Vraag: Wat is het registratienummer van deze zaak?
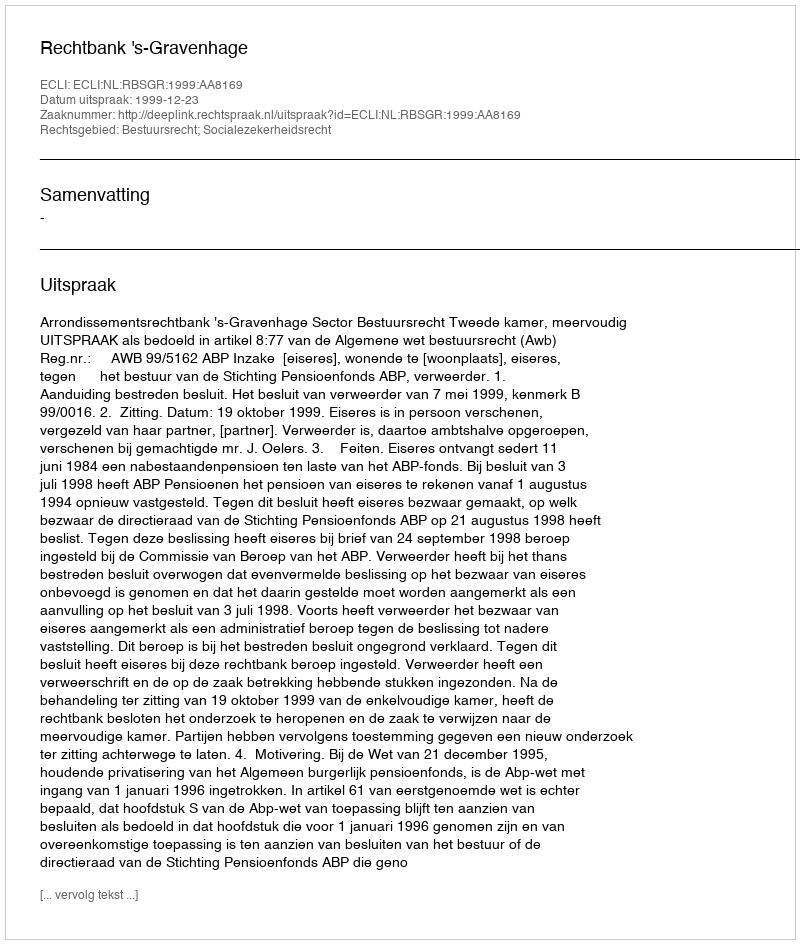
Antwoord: http://deeplink.rechtspraak.nl/uitspraak?id=ECLI:NL:RBSGR:1999:AA8169